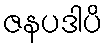
ဇနပဒါပိ